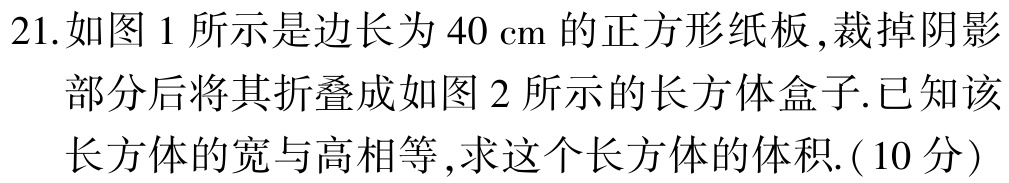
21.如图1所示是边长为\(40\mathrm{cm}\)的正方形纸板,裁掉阴影部分后将其折叠成如图2所示的长方体盒子.已知该长方体的宽与高相等,求这个长方体的体积.(10分)